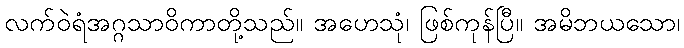
လက်ဝဲရံအဂ္ဂသာဝိကာတို့သည်။ အဟေသုံ၊ ဖြစ်ကုန်ပြီ။ အမိဘယသော၊